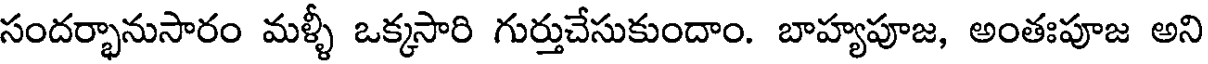
సందర్భానుసారం మళ్ళీ ఒక్కసారి గుర్తుచేసుకుందాం. బాహ్యపూజ, అంతఃపూజ అని